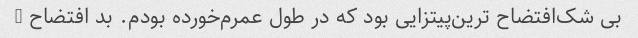
بی شک‌افتضاح ترین‌پیتزایی بود که در طول عمرم‌خورده بودم. بد افتضاح …